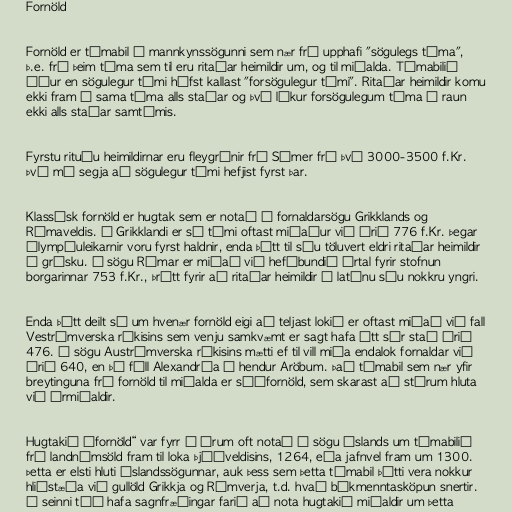
Fornöld

Fornöld er tímabil í mannkynssögunni sem nær frá upphafi "sögulegs tíma",
þ.e. frá þeim tíma sem til eru ritaðar heimildir um, og til miðalda. Tímabilið
áður en sögulegur tími hófst kallast "forsögulegur tími". Ritaðar heimildir komu
ekki fram á sama tíma alls staðar og því lýkur forsögulegum tíma í raun
ekki alls staðar samtímis.

Fyrstu rituðu heimildirnar eru fleygrúnir frá Súmer frá því 3000-3500 f.Kr.
Því má segja að sögulegur tími hefjist fyrst þar.

Klassísk fornöld er hugtak sem er notað í fornaldarsögu Grikklands og
Rómaveldis. Í Grikklandi er sá tími oftast miðaður við árið 776 f.Kr. þegar
ólympíuleikarnir voru fyrst haldnir, enda þótt til séu töluvert eldri ritaðar heimildir
á grísku. Í sögu Rómar er miðað við hefðbundið ártal fyrir stofnun
borgarinnar 753 f.Kr., þrátt fyrir að ritaðar heimildir á latínu séu nokkru yngri.

Enda þótt deilt sé um hvenær fornöld eigi að teljast lokið er oftast miðað við fall
Vestrómverska ríkisins sem venju samkvæmt er sagt hafa átt sér stað árið
476. Í sögu Austrómverska ríkisins mætti ef til vill miða endalok fornaldar við
árið 640, en þá féll Alexandría í hendur Aröbum. Það tímabil sem nær yfir
breytinguna frá fornöld til miðalda er síðfornöld, sem skarast að stórum hluta
við ármiðaldir.

Hugtakið „fornöld“ var fyrr á árum oft notað í sögu Íslands um tímabilið
frá landnámsöld fram til loka þjóðveldisins, 1264, eða jafnvel fram um 1300.
Þetta er elsti hluti Íslandssögunnar, auk þess sem þetta tímabil þótti vera nokkur
hliðstæða við gullöld Grikkja og Rómverja, t.d. hvað bókmenntasköpun snertir.
Í seinni tíð hafa sagnfræðingar farið að nota hugtakið miðaldir um þetta